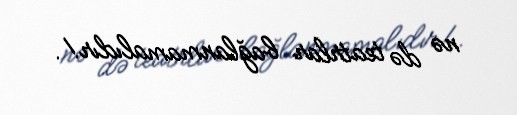
nə də teatrlar bağlanmamalıdır!.